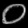
Digit: ၀